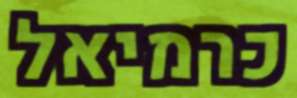
כרמיאל